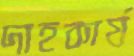
দাহকার্য